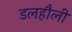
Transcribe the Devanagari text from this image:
डलहौली